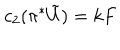
c _ { 2 } ( \pi ^ { * } \tilde { U } ) = k F